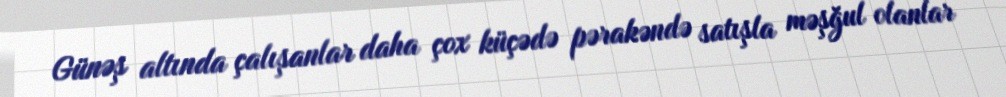
Günəş altında çalışanlar daha çox küçədə pərakəndə satışla məşğul olanlar